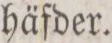
häfder.